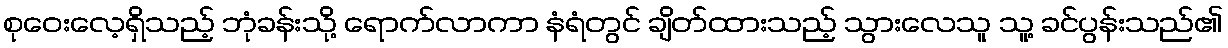
စုဝေးလေ့ရှိသည့် ဘုံခန်းသို့ ရောက်လာကာ နံရံတွင် ချိတ်ထားသည့် သွားလေသူ သူ့ ခင်ပွန်းသည်၏